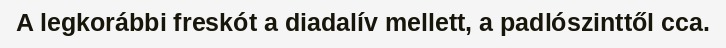
A legkorábbi freskót a diadalív mellett, a padlószinttől cca.